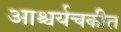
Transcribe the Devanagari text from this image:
आश्चर्यचकीत